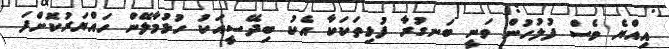
އިއްޔެ ވެސް ފުލުހުން ވަނީ ބަނގުރާ ފުޅިތަކަކާ އެކު ބިދޭސީއަކު ހުޅުމާލޭން ހައްޔަރުކޮށްފަ